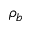
\rho _ { b }